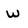
Character: w